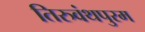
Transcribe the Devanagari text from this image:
तिरुवंथपुरम